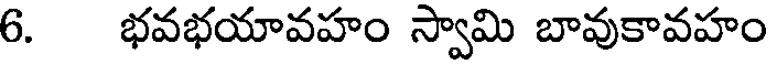
6. భవభయావహం స్వామి బావుకావహం